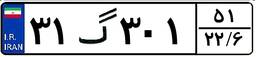
۳۱گ۳۰۱۵۱